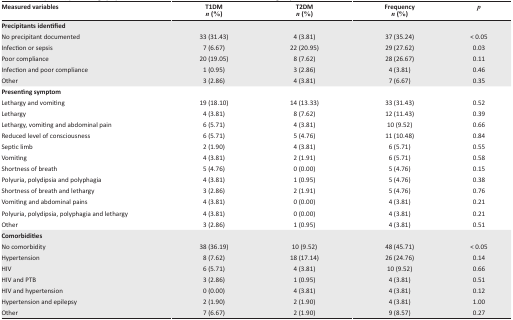
<table><thead><tr><td><b>Measured variables</b></td><td><b>T1DM<i>n</i> (%)</b></td><td><b>T2DM<i>n</i> (%)</b></td><td><b>Frequency<i>n</i> (%)</b></td><td><b><i>p</i></b></td></tr></thead><tbody><tr><td colspan="5"><b>Precipitants identified</b></td></tr><tr><td>No precipitant documented</td><td>33 (31.43)</td><td>4 (3.81)</td><td>37 (35.24)</td><td>&lt; 0.05</td></tr><tr><td>Infection or sepsis</td><td>7 (6.67)</td><td>22 (20.95)</td><td>29 (27.62)</td><td>0.03</td></tr><tr><td>Poor compliance</td><td>20 (19.05)</td><td>8 (7.62)</td><td>28 (26.67)</td><td>0.11</td></tr><tr><td>Infection and poor compliance</td><td>1 (0.95)</td><td>3 (2.86)</td><td>4 (3.81)</td><td>0.46</td></tr><tr><td>Other</td><td>3 (2.86)</td><td>4 (3.81)</td><td>7 (6.67)</td><td>0.35</td></tr><tr><td colspan="5"><b>Presenting symptom</b></td></tr><tr><td>Lethargy and vomiting</td><td>19 (18.10)</td><td>14 (13.33)</td><td>33 (31.43)</td><td>0.52</td></tr><tr><td>Lethargy</td><td>4 (3.81)</td><td>8 (7.62)</td><td>12 (11.43)</td><td>0.39</td></tr><tr><td>Lethargy, vomiting and abdominal pain</td><td>6 (5.71)</td><td>4 (3.81)</td><td>10 (9.52)</td><td>0.66</td></tr><tr><td>Reduced level of consciousness</td><td>6 (5.71)</td><td>5 (4.76)</td><td>11 (10.48)</td><td>0.84</td></tr><tr><td>Septic limb</td><td>2 (1.90)</td><td>4 (3.81)</td><td>6 (5.71)</td><td>0.55</td></tr><tr><td>Vomiting</td><td>4 (3.81)</td><td>2 (1.91)</td><td>6 (5.71)</td><td>0.58</td></tr><tr><td>Shortness of breath</td><td>5 (4.76)</td><td>0 (0.00)</td><td>5 (4.76)</td><td>0.15</td></tr><tr><td>Polyuria, polydipsia and polyphagia</td><td>4 (3.81)</td><td>1 (0.95)</td><td>5 (4.76)</td><td>0.38</td></tr><tr><td>Shortness of breath and lethargy</td><td>3 (2.86)</td><td>2 (1.91)</td><td>5 (4.76)</td><td>0.76</td></tr><tr><td>Vomiting and abdominal pains</td><td>4 (3.81)</td><td>0 (0.00)</td><td>4 (3.81)</td><td>0.21</td></tr><tr><td>Polyuria, polydipsia, polyphagia and lethargy</td><td>4 (3.81)</td><td>0 (0.00)</td><td>4 (3.81)</td><td>0.21</td></tr><tr><td>Other</td><td>3 (2.86)</td><td>1 (0.95)</td><td>4 (3.81)</td><td>0.51</td></tr><tr><td colspan="5"><b>Comorbidities</b></td></tr><tr><td>No comorbidity</td><td>38 (36.19)</td><td>10 (9.52)</td><td>48 (45.71)</td><td>&lt; 0.05</td></tr><tr><td>Hypertension</td><td>8 (7.62)</td><td>18 (17.14)</td><td>26 (24.76)</td><td>0.14</td></tr><tr><td>HIV</td><td>6 (5.71)</td><td>4 (3.81)</td><td>10 (9.52)</td><td>0.66</td></tr><tr><td>HIV and PTB</td><td>3 (2.86)</td><td>1 (0.95)</td><td>4 (3.81)</td><td>0.51</td></tr><tr><td>HIV and hypertension</td><td>0 (0.00)</td><td>4 (3.81)</td><td>4 (3.81)</td><td>0.12</td></tr><tr><td>Hypertension and epilepsy</td><td>2 (1.90)</td><td>2 (1.90)</td><td>4 (3.81)</td><td>1.00</td></tr><tr><td>Other</td><td>7 (6.67)</td><td>2 (1.90)</td><td>9 (8.57)</td><td>0.27</td></tr></tbody></table>